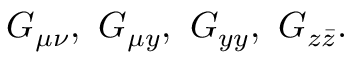
G _ { \mu \nu } , \ G _ { \mu y } , \ G _ { y y } , \ G _ { z \bar { z } } .